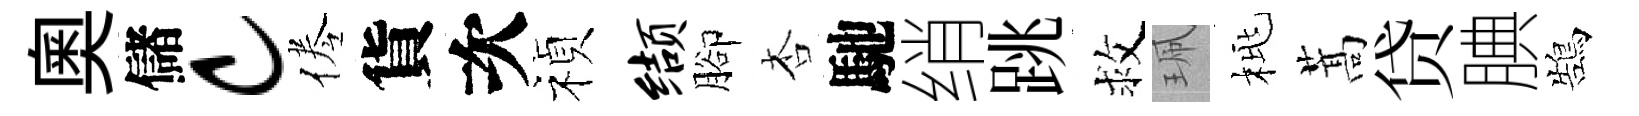
奥儲c倦貨次禎缬腳杏馳绡跳救珮桃蒿贷腆鵠